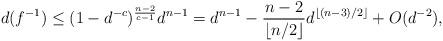
LaTeX: \begin{align*}d(f^{-1}) \le (1-d^{-c})^{\frac{n-2}{c-1}}d^{n-1}=d^{n-1}-\frac{n-2}{\lfloor n/2\rfloor}d^{\lfloor (n-3)/2\rfloor}+O(d^{-2}),\end{align*}